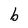
Character: b